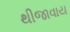
થીજાવાય